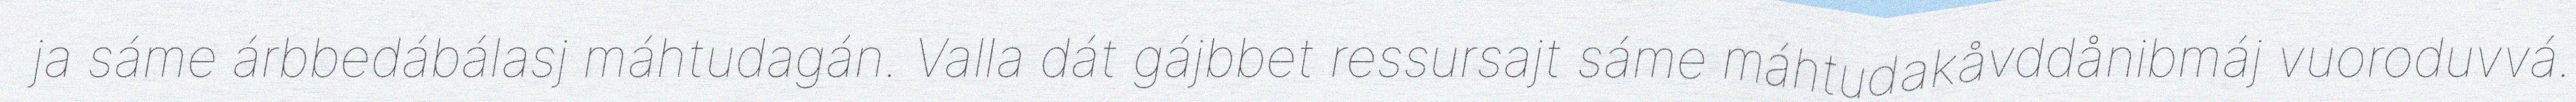
ja sáme árbbedábálasj máhtudagán. Valla dát gájbbet ressursajt sáme máhtudakåvddånibmáj vuoroduvvá.